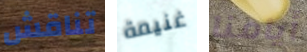
تناقش غنيمة أيامنا